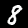
Label: 8